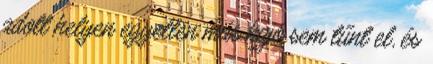
adott helyen egyetlen más hajó sem tűnt el, és